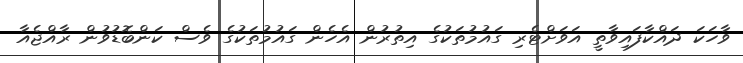
ވާހަކަ ދައްކާފައިވާތީ އަވަށްޓެރި ގައުމުތަކުގެ އިތުރުން އެހެން ގައުމުތަކުގެ ވެސް ކަންބޮޑުވުން ރާއްޖެއާ